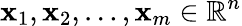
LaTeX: {\mathbf{x}}_{1},{\mathbf{x}}_{2},\dots,{\mathbf{x}}_{m}\in\mathbb{R}^{n}